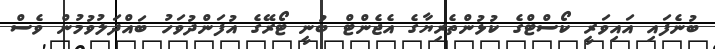
ބުނެފައި އައިވަރީ ކޯސްޓްގެ ކުޅުންތެރިޔާގެ އެޖެންޓް ބުނީ ޓޯރޭގެ އުފަންދުވަހު ބައްދަލުވުމުން ވެސް